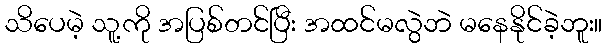
သိပေမဲ့ သူ့ကို အပြစ်တင်ပြီး အထင်မလွဲဘဲ မနေနိုင်ခဲ့ဘူး။